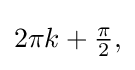
{\textstyle 2\pi k+{\frac {\pi }{2}},}